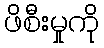
ဖိစီးမှုကို